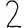
Digit: 2